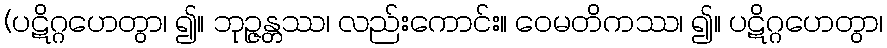
(ပဋိဂ္ဂဟေတွာ၊ ၍။ ဘုဉ္ဇန္တဿ၊ လည်းကောင်း။ ဝေမတိကဿ၊ ၍။ ပဋိဂ္ဂဟေတွာ၊